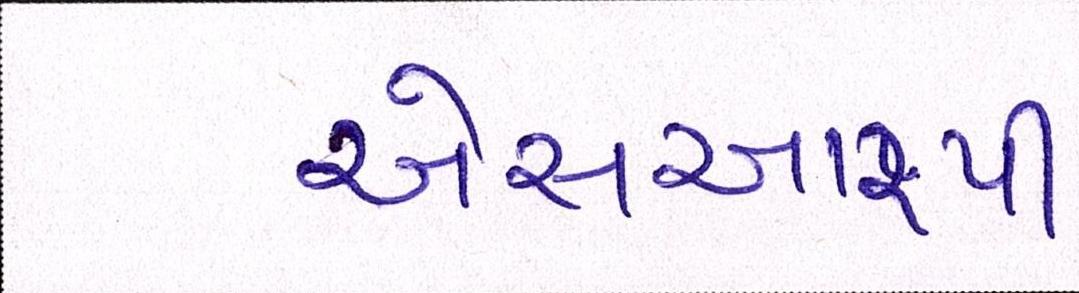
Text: એસઆરપી